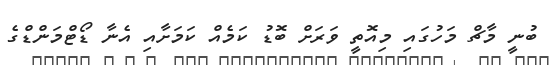
ބުނީ މާޗް މަހުގައި މިއޮތީ ވަރަށް ބޮޑު ކަމެއް ކަމަށާއި އެނާ ޑޯޓްމަންޑްގެ